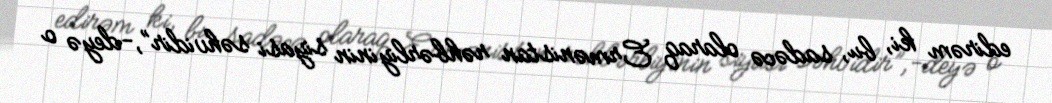
edirəm ki, bu, sadəcə olaraq Ermənistan rəhbərliyinin siyasi səhvidir”,-deyə o